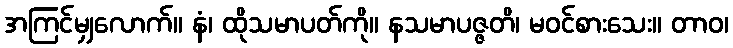
အကြင်မျှလောက်။ နံ၊ ထိုသမာပတ်ကို။ နသမာပဇ္ဇတိ၊ မဝင်စားသေး။ တာဝ၊